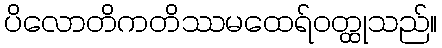
ပိလောတိကတိဿမထေရ်ဝတ္ထုသည်။